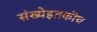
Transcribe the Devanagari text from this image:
संख्येइतकीच